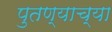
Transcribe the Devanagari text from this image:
पुतण्याच्या